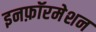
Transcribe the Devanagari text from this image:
इनफ़ॉरमेशन